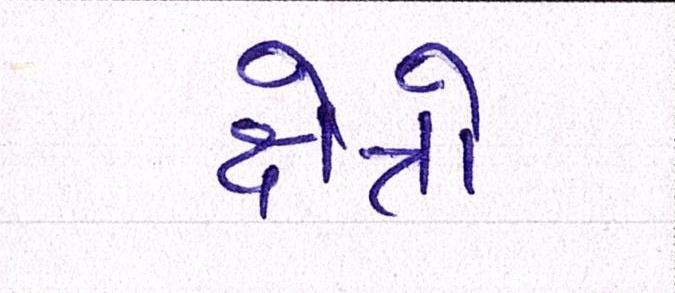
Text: ક્ષેત્રો